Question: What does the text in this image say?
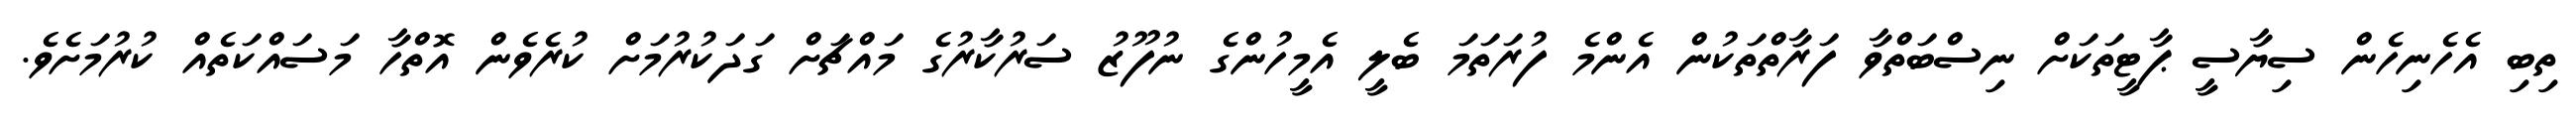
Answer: ތިބި އެހެނިހެން ސިޔާސީ ޕާޓީތަކަށް ނިސްބަތްވާ ފަރާތްތަކުން އެންމެ ފުރަތަމަ ބެލީ އެމީހުންގެ ނުފޫޒު ސަރުކާރުގެ މައްޗަށް ގަދަކުރުމަށް ކުރެވެން އޮތްހާ މަސައްކަތެއް ކުރުމަށެވެ.